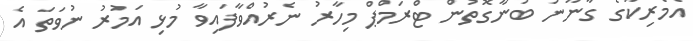
އެމެރިކާގެ ގާނޫނު ބުނާގޮތުން ޓްރަމްޕް މިހާރު ނެރުއްވާފައިވާ މުޅި އަމުރު ނުވަތަ އެ